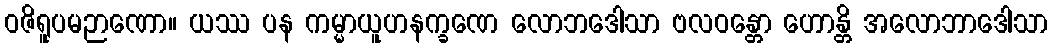
ဝဇိရူပမဉာဏော။ ယဿ ပန ကမ္မာယူဟနက္ခဏေ လောဘဒေါသာ ဗလဝန္တော ဟောန္တိ အလောဘာဒေါသာ